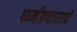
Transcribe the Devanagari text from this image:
धर्मप्रचाराचे